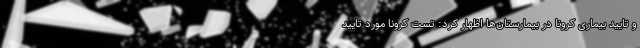
و تایید بیماری کرونا در بیمارستان‌ها اظهار کرد: تست کرونا مورد تایید